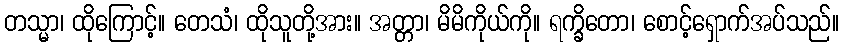
တသ္မာ၊ ထိုကြောင့်။ တေသံ၊ ထိုသူတို့အား။ အတ္တာ၊ မိမိကိုယ်ကို။ ရက္ခိတော၊ စောင့်ရှောက်အပ်သည်။